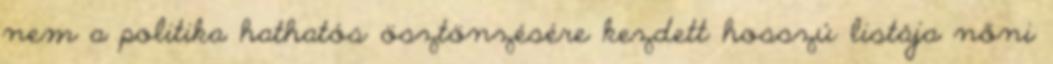
nem a politika hathatós ösztönzésére kezdett hosszú listája nőni